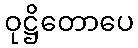
ဝုဋ္ဌိတောပေ